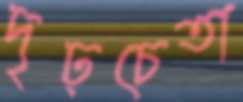
দৃঢ়চেতা